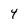
Character: 4